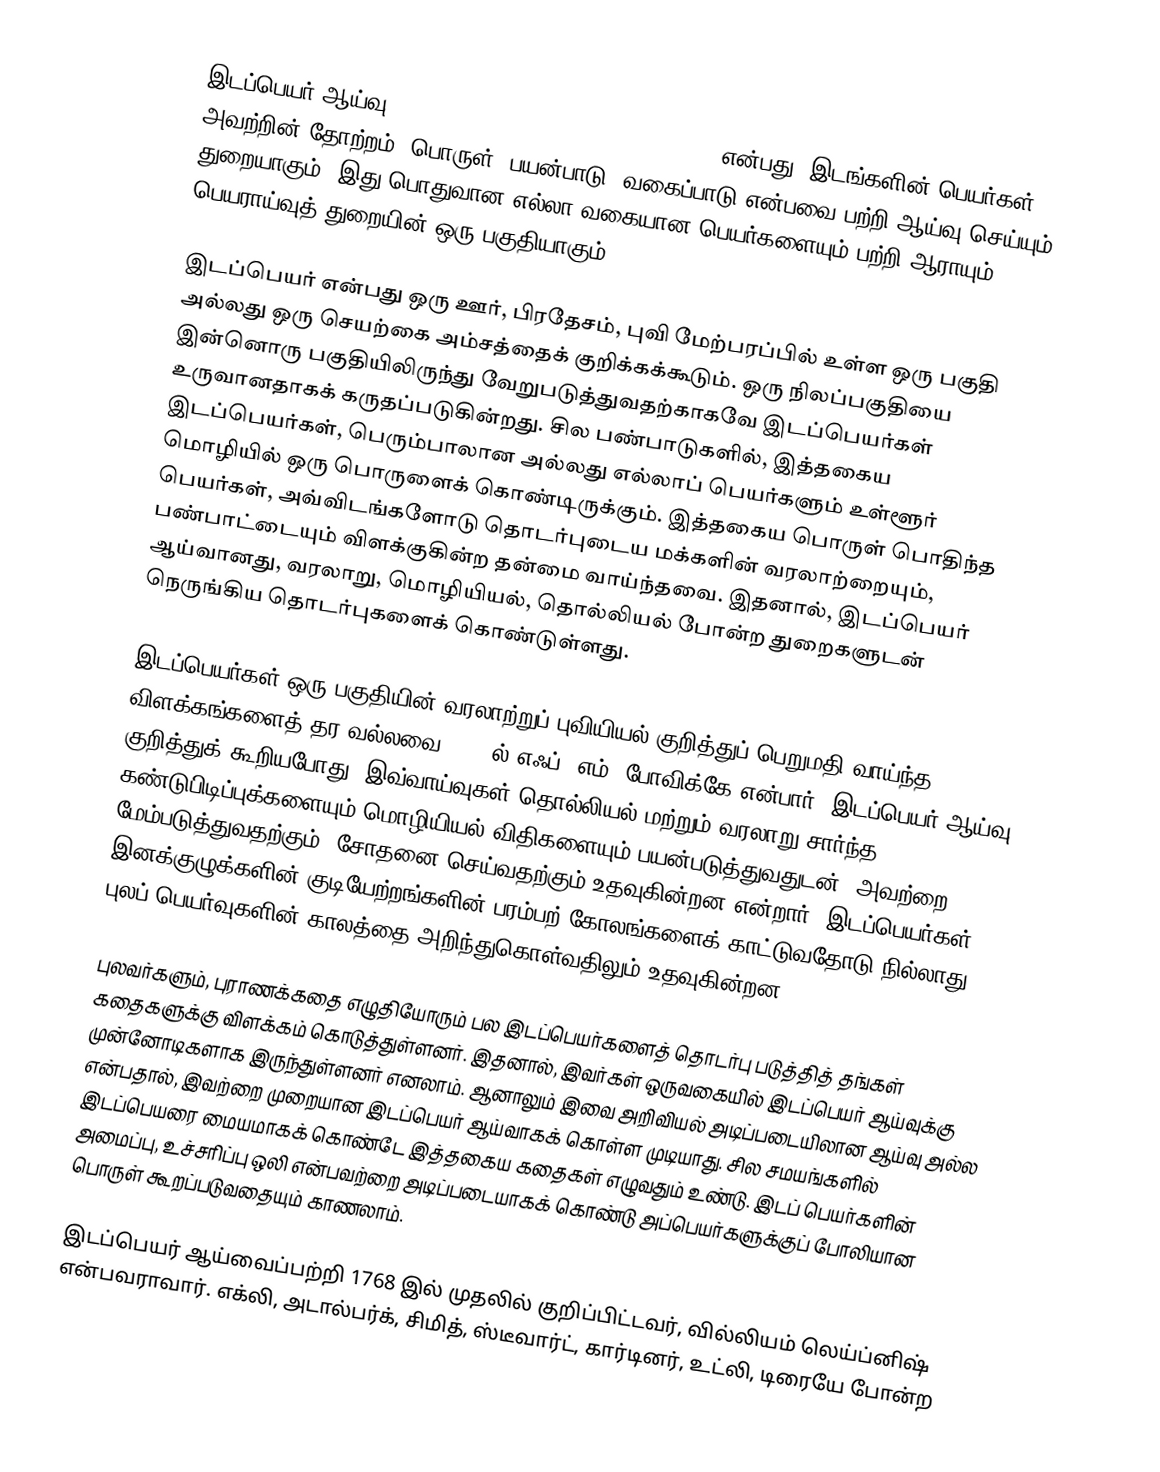
இடப்பெயர் ஆய்வு (Toponymy, toponymics, toponomastics) என்பது, இடங்களின் பெயர்கள், அவற்றின் தோற்றம், பொருள், பயன்பாடு, வகைப்பாடு என்பவை பற்றி ஆய்வு செய்யும் துறையாகும். இது பொதுவான எல்லா வகையான பெயர்களையும் பற்றி ஆராயும் பெயராய்வுத் துறையின் ஒரு பகுதியாகும்.

இடப்பெயர் என்பது ஒரு ஊர், பிரதேசம், புவி மேற்பரப்பில் உள்ள ஒரு பகுதி அல்லது ஒரு செயற்கை அம்சத்தைக் குறிக்கக்கூடும். ஒரு நிலப்பகுதியை இன்னொரு பகுதியிலிருந்து வேறுபடுத்துவதற்காகவே இடப்பெயர்கள் உருவானதாகக் கருதப்படுகின்றது. சில பண்பாடுகளில், இத்தகைய இடப்பெயர்கள், பெரும்பாலான அல்லது எல்லாப் பெயர்களும் உள்ளூர் மொழியில் ஒரு பொருளைக் கொண்டிருக்கும். இத்தகைய பொருள் பொதிந்த பெயர்கள், அவ்விடங்களோடு தொடர்புடைய மக்களின் வரலாற்றையும், பண்பாட்டையும் விளக்குகின்ற தன்மை வாய்ந்தவை. இதனால், இடப்பெயர் ஆய்வானது, வரலாறு, மொழியியல், தொல்லியல் போன்ற துறைகளுடன் நெருங்கிய தொடர்புகளைக் கொண்டுள்ளது.

இடப்பெயர்கள் ஒரு பகுதியின் வரலாற்றுப் புவியியல் குறித்துப் பெறுமதி வாய்ந்த விளக்கங்களைத் தர வல்லவை. 1954ல் எஃப். எம். போவிக்கே என்பார், இடப்பெயர் ஆய்வு குறித்துக் கூறியபோது, இவ்வாய்வுகள் தொல்லியல் மற்றும் வரலாறு சார்ந்த கண்டுபிடிப்புக்களையும் மொழியியல் விதிகளையும் பயன்படுத்துவதுடன், அவற்றை மேம்படுத்துவதற்கும், சோதனை செய்வதற்கும் உதவுகின்றன என்றார். இடப்பெயர்கள் இனக்குழுக்களின் குடியேற்றங்களின் பரம்பற் கோலங்களைக் காட்டுவதோடு நில்லாது புலப் பெயர்வுகளின் காலத்தை அறிந்துகொள்வதிலும் உதவுகின்றன.

புலவர்களும், புராணக்கதை எழுதியோரும் பல இடப்பெயர்களைத் தொடர்பு படுத்தித் தங்கள் கதைகளுக்கு விளக்கம் கொடுத்துள்ளனர். இதனால், இவர்கள் ஒருவகையில் இடப்பெயர் ஆய்வுக்கு முன்னோடிகளாக இருந்துள்ளனர் எனலாம். ஆனாலும் இவை அறிவியல் அடிப்படையிலான ஆய்வு அல்ல என்பதால், இவற்றை முறையான இடப்பெயர் ஆய்வாகக் கொள்ள முடியாது. சில சமயங்களில் இடப்பெயரை மையமாகக் கொண்டே இத்தகைய கதைகள் எழுவதும் உண்டு. இடப் பெயர்களின் அமைப்பு, உச்சரிப்பு ஒலி என்பவற்றை அடிப்படையாகக் கொண்டு அப்பெயர்களுக்குப் போலியான பொருள் கூறப்படுவதையும் காணலாம்.

இடப்பெயர் ஆய்வைப்பற்றி 1768 இல் முதலில் குறிப்பிட்டவர், வில்லியம் லெய்ப்னிஷ் என்பவராவார். எக்லி, அடால்பர்க், சிமித், ஸ்டீவார்ட், கார்டினர், உட்லி, டிரையே போன்ற